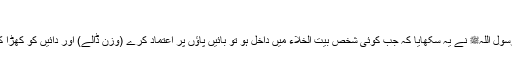
)
ہمیں رسول اللہﷺ نے یہ سکھایا کہ جب کوئی شخص بیت الخلاء میں داخل ہو تو بائیں پاؤں پر اعتماد کرے (وزن ڈالے) اور دائیں کو کھڑا کر لے۔